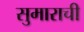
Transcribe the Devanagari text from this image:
सुमाराची